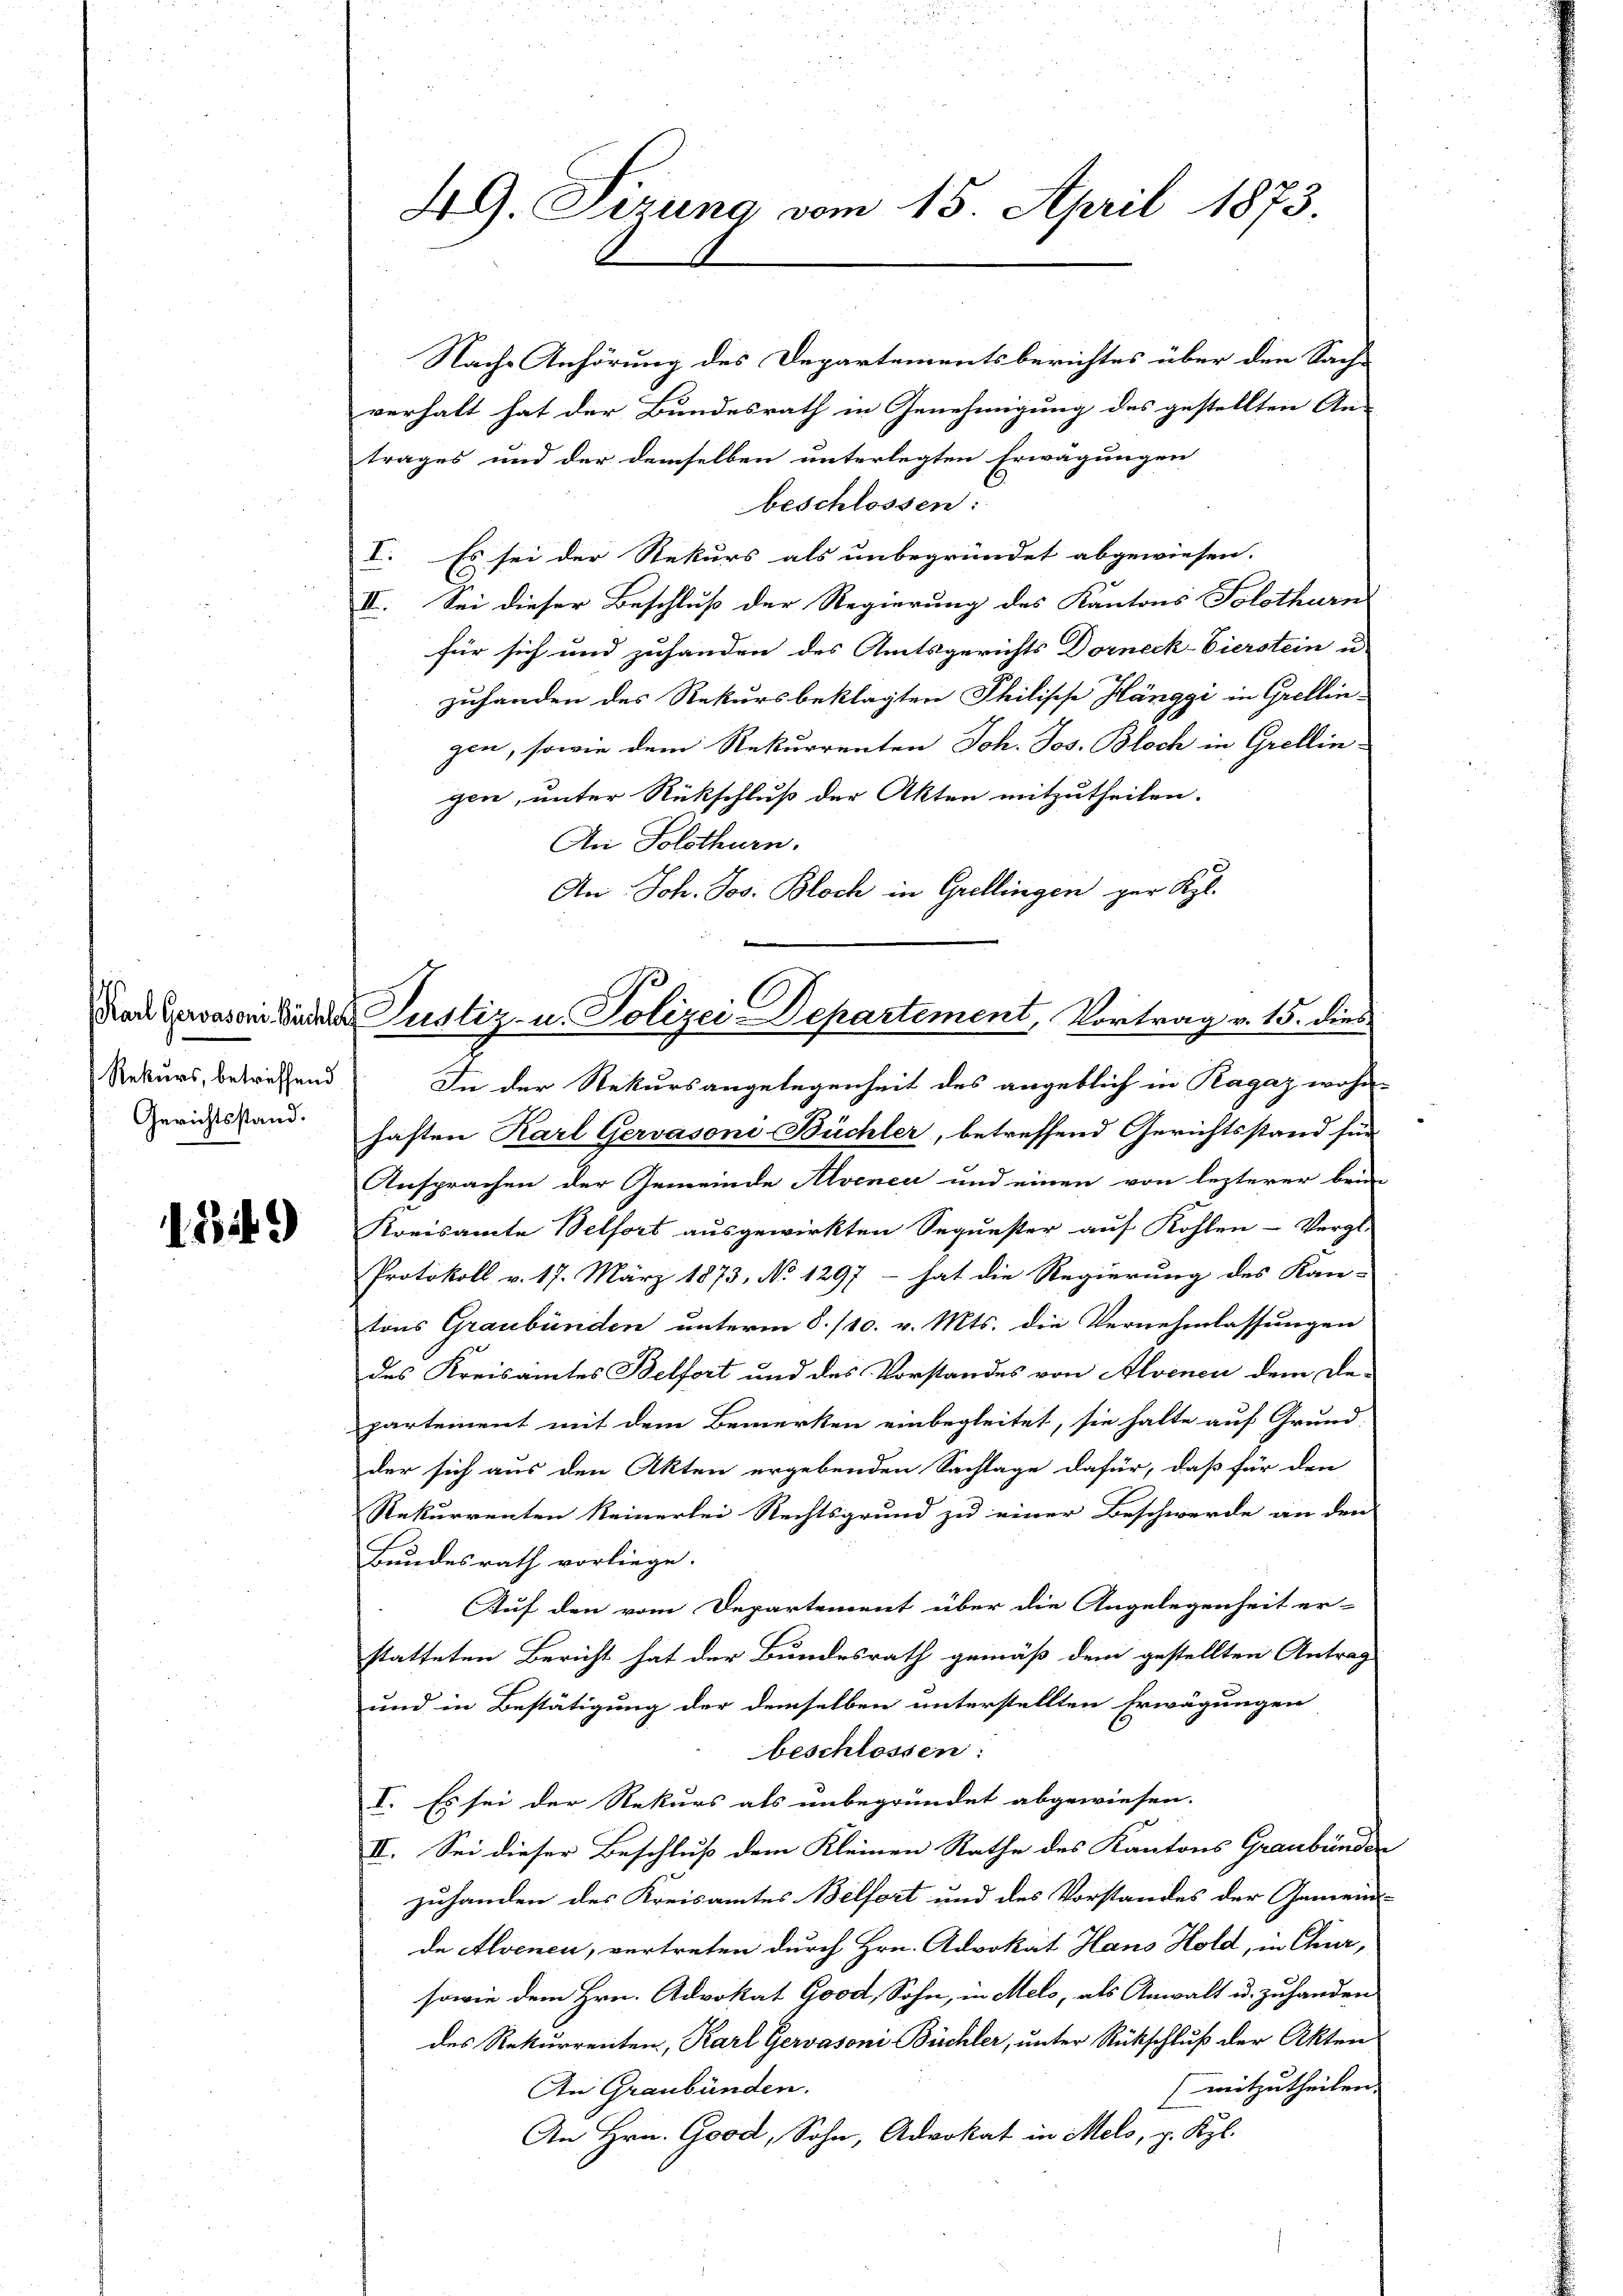
Rekurs, betreffend
Gerichtsstand.

1349)

Nach Anhörung des Departementsberichtes über den Sache
verhalt hat der Bundesrath in Genehmigung des gestellten An-
trages und der demselben unterlegten Erwägungen
beschlossen:
I. Es sei der Rekurs als unbegründet abgewiesen.
II. Sei dieser Beschluß der Regierung des Kantons Solothurn
für sich und zuhanden des Amtsgerichts Dorneck-Eierstein u
zuhanden des Rekursbeklagten Philische Hänggi in Grellin
gen, sowie dem Rekurrenten Joh. Jos. Bloch in Grellingen, unter Rückschluß der Akten mitzutheilen.
An Solothurn.
An Joh. Jos. Bloch in Grellingen par Kgl.

49. Sizung vom 15. April 1873.

Nach waren Kinderer Justiz- u. Polizei Departement, Vortrag v. 15. dies

In der Rekursangelegenheit des angeblich in Ragaz wohne
haften Karl Gervasoni Büchler, betreffend Gerichtsstand für
Ansprachen der Gemeinde Alvenen und einen von lezterer brin
Kreisamte Belfort ausgewirkten Sequester auf Kohlen-Vergle
Protokoll v. 17. März 1873, No 1297 - hat die Regierung des Kan-
tons Graubünden unterm 8./10. v. Mts. die Vernehmlassungen
des Kreisamtes Belfort und des Vorstandes von Alvenen dem De-
partement mit dem Bemerken einbegleitet, sie halte auf Grund-
der sich aus den Akten ergebenden Sachlage dafür, daß für den
Rekurrenten keinerlei Rechtsgrund zu einer Beschwerde an den
Bundesrath vorliege.
Auf den vom Departement über die Angelegenheit er-
statteten Bericht hat der Bundesrath gemäß dem gestellten Antrag
und in Bestätigung der demselben unterstellten Erwägungen
beschlossen:
I. Es sei der Rekurs als unbegründet abgewiesen.
II. Sei dieser Beschluß dem Kleinen Rathe des Kantons Graubünder
zuhanden des Kreisamtes Belfort und des Vorstandes der Gemein-
de Alvenen, vertreten durch Hrn. Advokat Hans Hold, in Chur,
sowie dem Hrn. Advokat Good, Sohn, in Melo, als Anwalt u. zuhanden
des Rekurrenten, Karl Gervasoni Büchler, unter Rückschluß der Akten
mitzutheilen.
An Graubünden.
An Hrn. Good, Sohn, Advokat in Melo, p. Kgl.